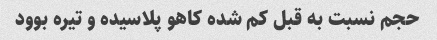
حجم نسبت به قبل کم شده کاهو پلاسیده و تیره بوود